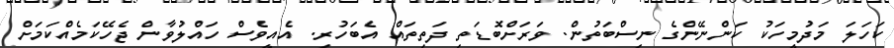
ކަހަލަ މަދުމީހަކު ކަންނޭންގެ ނިސްބަތުން. ވަރަށްބޮޑަތި ދަތިތައް އެބަހުރި. އެއީވެސް ހައްލުވާން ޖެހޭކަމެއްކަމަށް